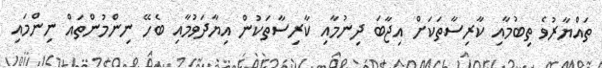
ތައްޔާރުވެ ތިބުމާއި ކާރިސާތަކަށް އިޖާބަ ދިނުމާއި ކާރިސާތަކުން އިޔާދަވުމާއި ބެހޭ ނިންމުންތައް ނިންމައި